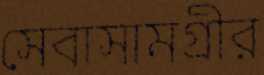
সেবাসামগ্রীর